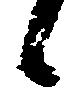
日